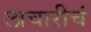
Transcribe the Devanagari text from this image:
लाचारीचं